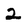
Character: 2